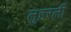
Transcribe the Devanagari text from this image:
लुहरली